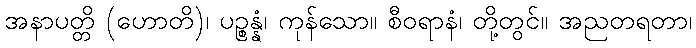
အနာပတ္တိ (ဟောတိ)၊ ပဉ္စန္နံ၊ ကုန်သော။ စီဝရာနံ၊ တို့တွင်။ အညတရတာ၊